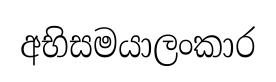
අභිසමයාලංකාර